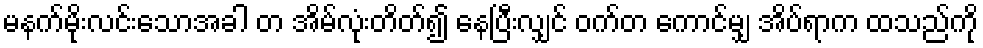
မနက်မိုးလင်းသောအခါ တ အိမ်လုံးတိတ်၍ နေပြီးလျှင် ဝက်တ ကောင်မျှ အိပ်ရာက ထသည်ကို